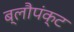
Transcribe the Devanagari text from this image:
ब्लौपंक्ट